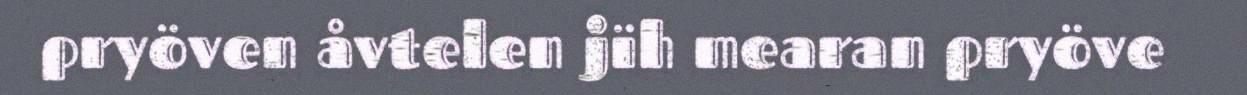
pryöven åvtelen jïh mearan pryöve